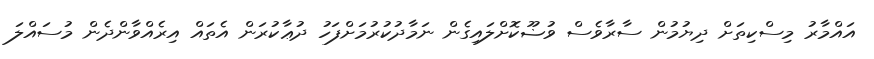
އައްމާރު މިސްކިތަށް ދިޔުމުން ސާރާވެސް ވުޟޫކޮށްލައިގެން ނަމާދުކުރުމަށްފަހު ދުޢާކުރަން އެތައް އިރެއްވާންދެން މުސައްލަ